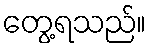
တွေ့ရသည်။